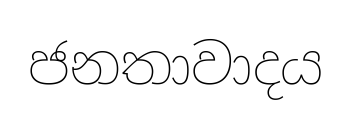
ජනතාවාදය